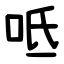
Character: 呧